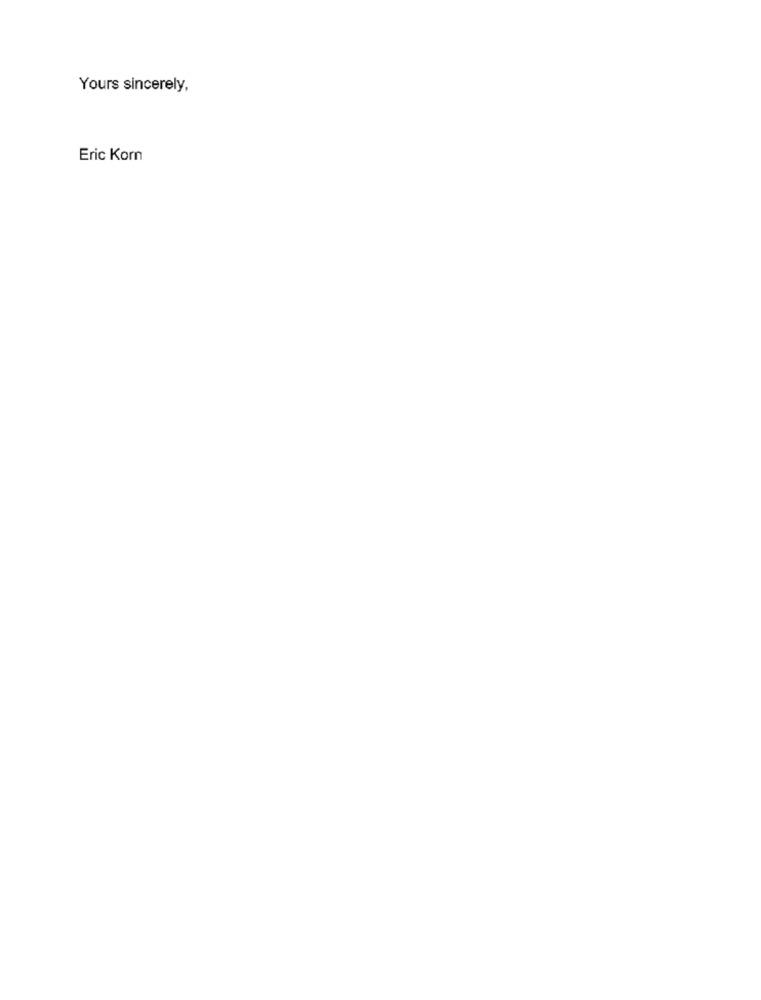
Yours sincerely,
Eric Korn